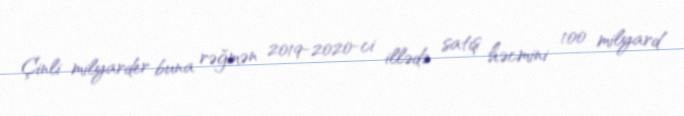
Çinli milyarder buna rəğmən 2019-2020-ci illədə satış həcmini 100 milyard